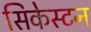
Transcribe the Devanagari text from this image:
सिकेस्टन